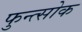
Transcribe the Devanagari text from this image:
फुन्त्सोक